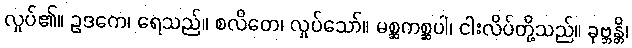
လှုပ်၏။ ဥဒကေ၊ ရေသည်။ စလိတေ၊ လှုပ်သော်။ မစ္ဆကစ္ဆပါ၊ ငါးလိပ်တို့သည်။ ခုဗ္ဘန္တိ၊